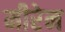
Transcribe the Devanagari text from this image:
मीरेन